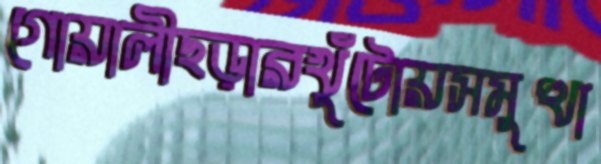
গোয়ালীছড়ারখুঁটোয়সমুত্থা